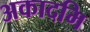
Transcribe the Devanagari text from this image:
अकादमि